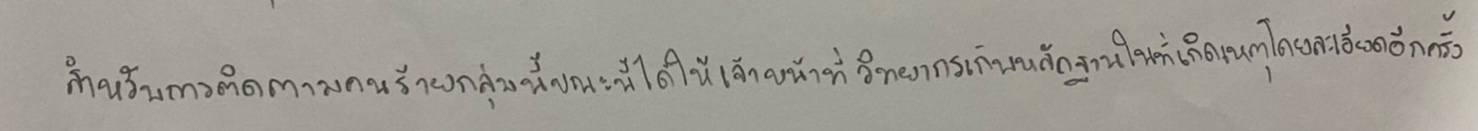
สำหรับการติดตามคนร้ายกลุ่มนี้ขณะนี้ได้ให้เจ้าหน้าที่วิทยาการเก็บหลักฐานในที่เกิดเหตุโดยละเอียดอีกครั้ง